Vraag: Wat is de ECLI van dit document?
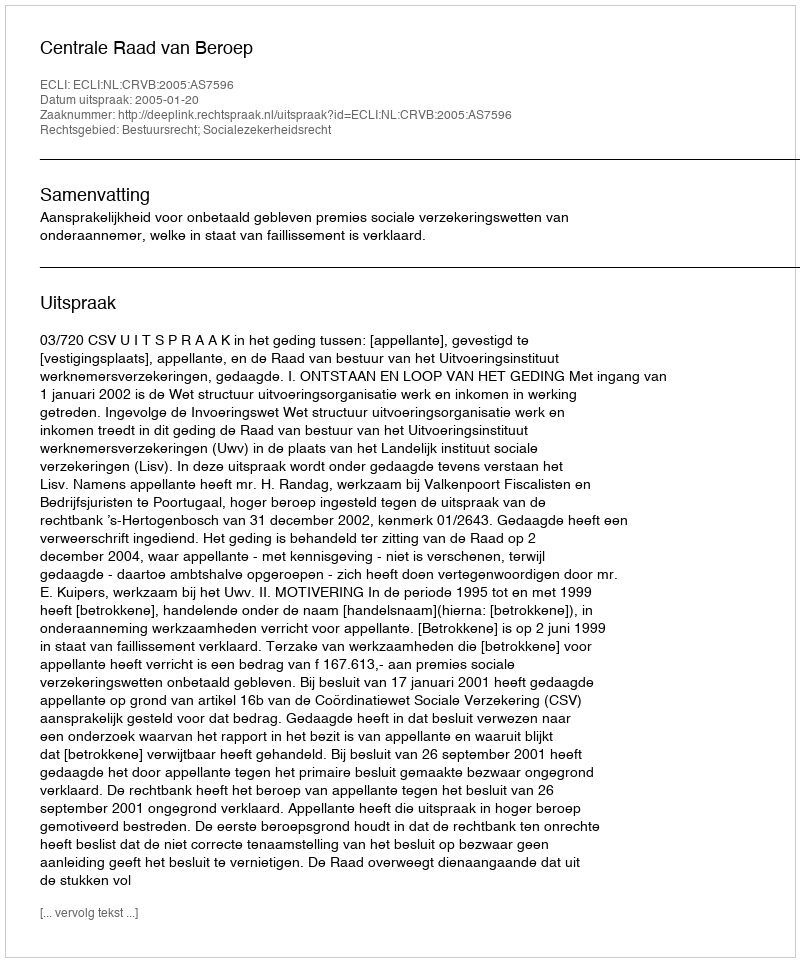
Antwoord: ECLI:NL:CRVB:2005:AS7596